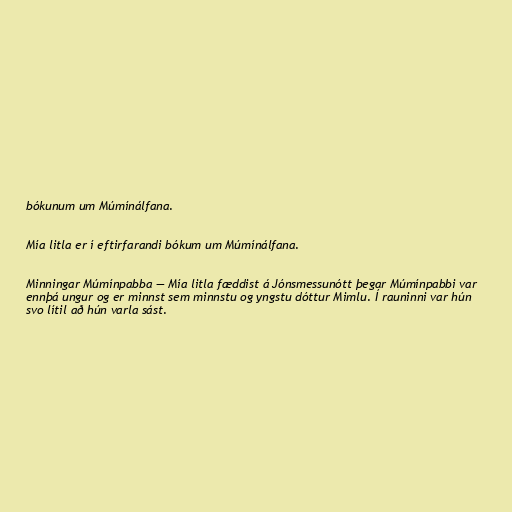
bókunum um Múmínálfana.

Mía litla er í eftirfarandi bókum um Múmínálfana.

Minningar Múmínpabba — Mía litla fæddist á Jónsmessunótt þegar Múmínpabbi var
ennþá ungur og er minnst sem minnstu og yngstu dóttur Mimlu. Í rauninni var hún
svo lítil að hún varla sást.